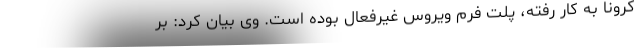
کرونا به کار رفته، پلت فرم ویروس غیرفعال بوده است. وی بیان کرد: بر